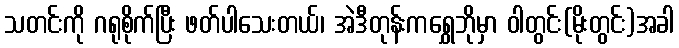
သတင်းကို ဂရုစိုက်ပြီး ဖတ်ပါသေးတယ်၊ အဲဒီတုန်းကရွှေဘိုမှာ ဝါတွင်း(မိုးတွင်း)အခါ